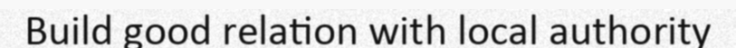
Build good relation with local authority